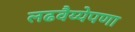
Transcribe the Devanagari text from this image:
लढवैय्येपणा